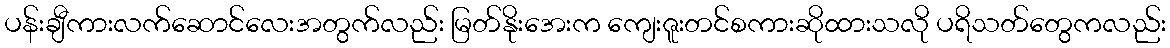
ပန်းချီကားလက်ဆောင်လေးအတွက်လည်း မြတ်နိုးအေးက ကျေးဇူးတင်စကားဆိုထားသလို ပရိသတ်တွေကလည်း